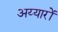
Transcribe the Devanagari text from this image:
अय्यारों